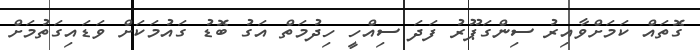
ގޮތައް ކަމަށްވާއިރު ސިންގަޕޫރު ފަދަ ސިއްހީ ހިދުމަތް އަގު ބޮޑު ގައުމަކަށް ވަޑައިގަތުމަށް